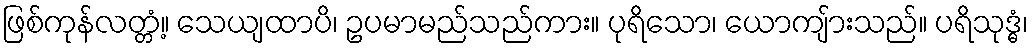
ဖြစ်ကုန်လတ္တံ့။ သေယျထာပိ၊ ဥပမာမည်သည်ကား။ ပုရိသော၊ ယောကျ်ားသည်။ ပရိသုဒ္ဓံ၊